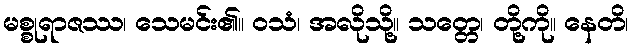
မစ္စုရာဇဿ၊ သေမင်း၏။ ဝသံ၊ အလိုသို့။ သတ္တေ၊ တို့ကို။ နေတိ၊